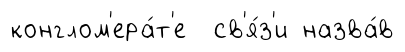
конглом'ера́т'е св'я́з'и назва́в